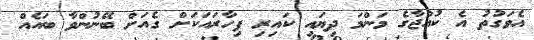
އެވަގުތު އެ ކުއްޖާގެ މަންމަ ދިޔައީ ކައިރި ފިހާރައަކަށް ގެއަށް ބޭނުންވާ ބައެއް